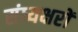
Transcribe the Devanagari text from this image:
संध्यक्षरों